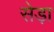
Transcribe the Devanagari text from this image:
सेड़ा